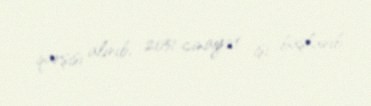
qarşısı alınıb, 2051 cinayət işi başlanıb.